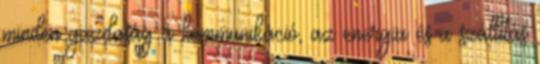
minden gazdaság a kommunikáció, az energia és a szállítás